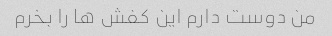
من دوست دارم این کفش ها را بخرم